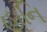
હાનિ